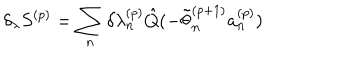
\delta _ { \lambda } S ^ { ( p ) } = \sum _ { n } ^ { } \delta { \lambda _ { n } ^ { ( p ) } } \hat { Q } ( - \tilde { \theta } _ { n } ^ { ( p + 1 ) } a _ { n } ^ { ( p ) } )